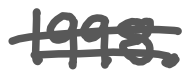
Text: 1998.
Cross-out: double-line
Writing tool: digital_gray